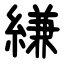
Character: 縑